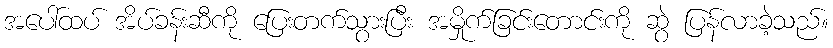
အပေါ်ထပ် အိပ်ခန်းဆီကို ပြေးတက်သွားပြီး အမှိုက်ခြင်းတောင်းကို ဆွဲ ပြန်လာခဲ့သည်။